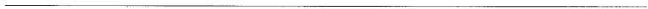
___